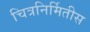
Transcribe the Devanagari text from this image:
चित्रनिर्मितीस